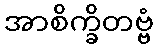
အာစိက္ခိတဗ္ဗံ